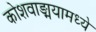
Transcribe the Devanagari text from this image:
कोशवाङ्मयामध्ये